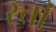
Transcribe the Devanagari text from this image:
स्तां